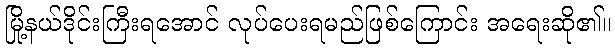
မြို့နယ်ဒိုင်းကြီးရအောင် လုပ်ပေးရမည်ဖြစ်ကြောင်း အရေးဆို၏။